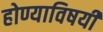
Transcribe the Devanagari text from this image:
होण्याविषयी